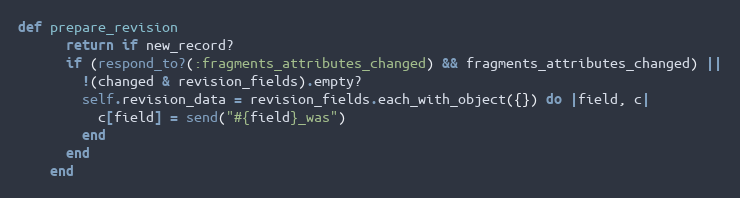
Language: Ruby
def prepare_revision
      return if new_record?
      if (respond_to?(:fragments_attributes_changed) && fragments_attributes_changed) ||
        !(changed & revision_fields).empty?
        self.revision_data = revision_fields.each_with_object({}) do |field, c|
          c[field] = send("#{field}_was")
        end
      end
    end